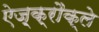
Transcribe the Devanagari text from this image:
ऐज़्क्रौक्ले